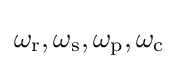
\omega _{\text{r}},\omega _{\text{s}},\omega _{\text{p}},\omega _{\text{c}}